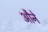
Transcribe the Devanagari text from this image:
औने